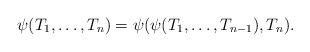
LaTeX: \begin{align*} \psi(T_1,\ldots,T_n) = \psi(\psi(T_1,\ldots,T_{n-1}), T_n).\end{align*}